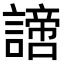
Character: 𧬍